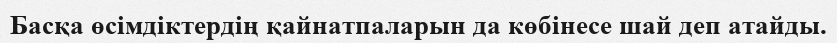
Басқа өсімдіктердің қайнатпаларын да көбінесе шай деп атайды.